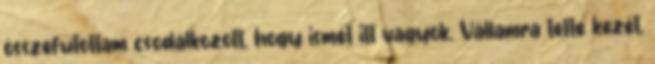
összefutottam csodálkozott, hogy ismét itt vagyok. Vállamra tette kezét,